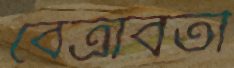
বেত্রাবতী